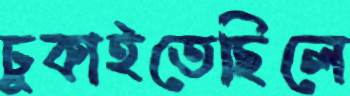
ঢুকাইতেছিলে